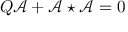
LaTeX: { \cal Q } \mathcal { A } + \mathcal { A } \star \mathcal { A } = 0